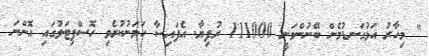
" މިހާރު އަޅުގަނޑުމެން ބޭނުންވަނީ 111000 ރުފިޔާ. އެފައިސާ ހަމަނުކުރެވި ހޮސްޕިޓަލުގައި އޮންނަ